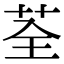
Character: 荃